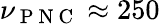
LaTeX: \nu_{\mathrm{~P~N~C~}}\approx 250